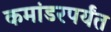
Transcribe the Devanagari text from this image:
कमांडरपर्यंत